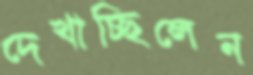
দেখাচ্ছিলেন